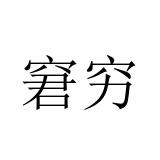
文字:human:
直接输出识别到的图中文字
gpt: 窘穷